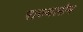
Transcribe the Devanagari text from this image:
राज्यलोभ